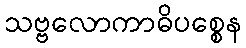
သဗ္ဗလောကာဓိပစ္စေန